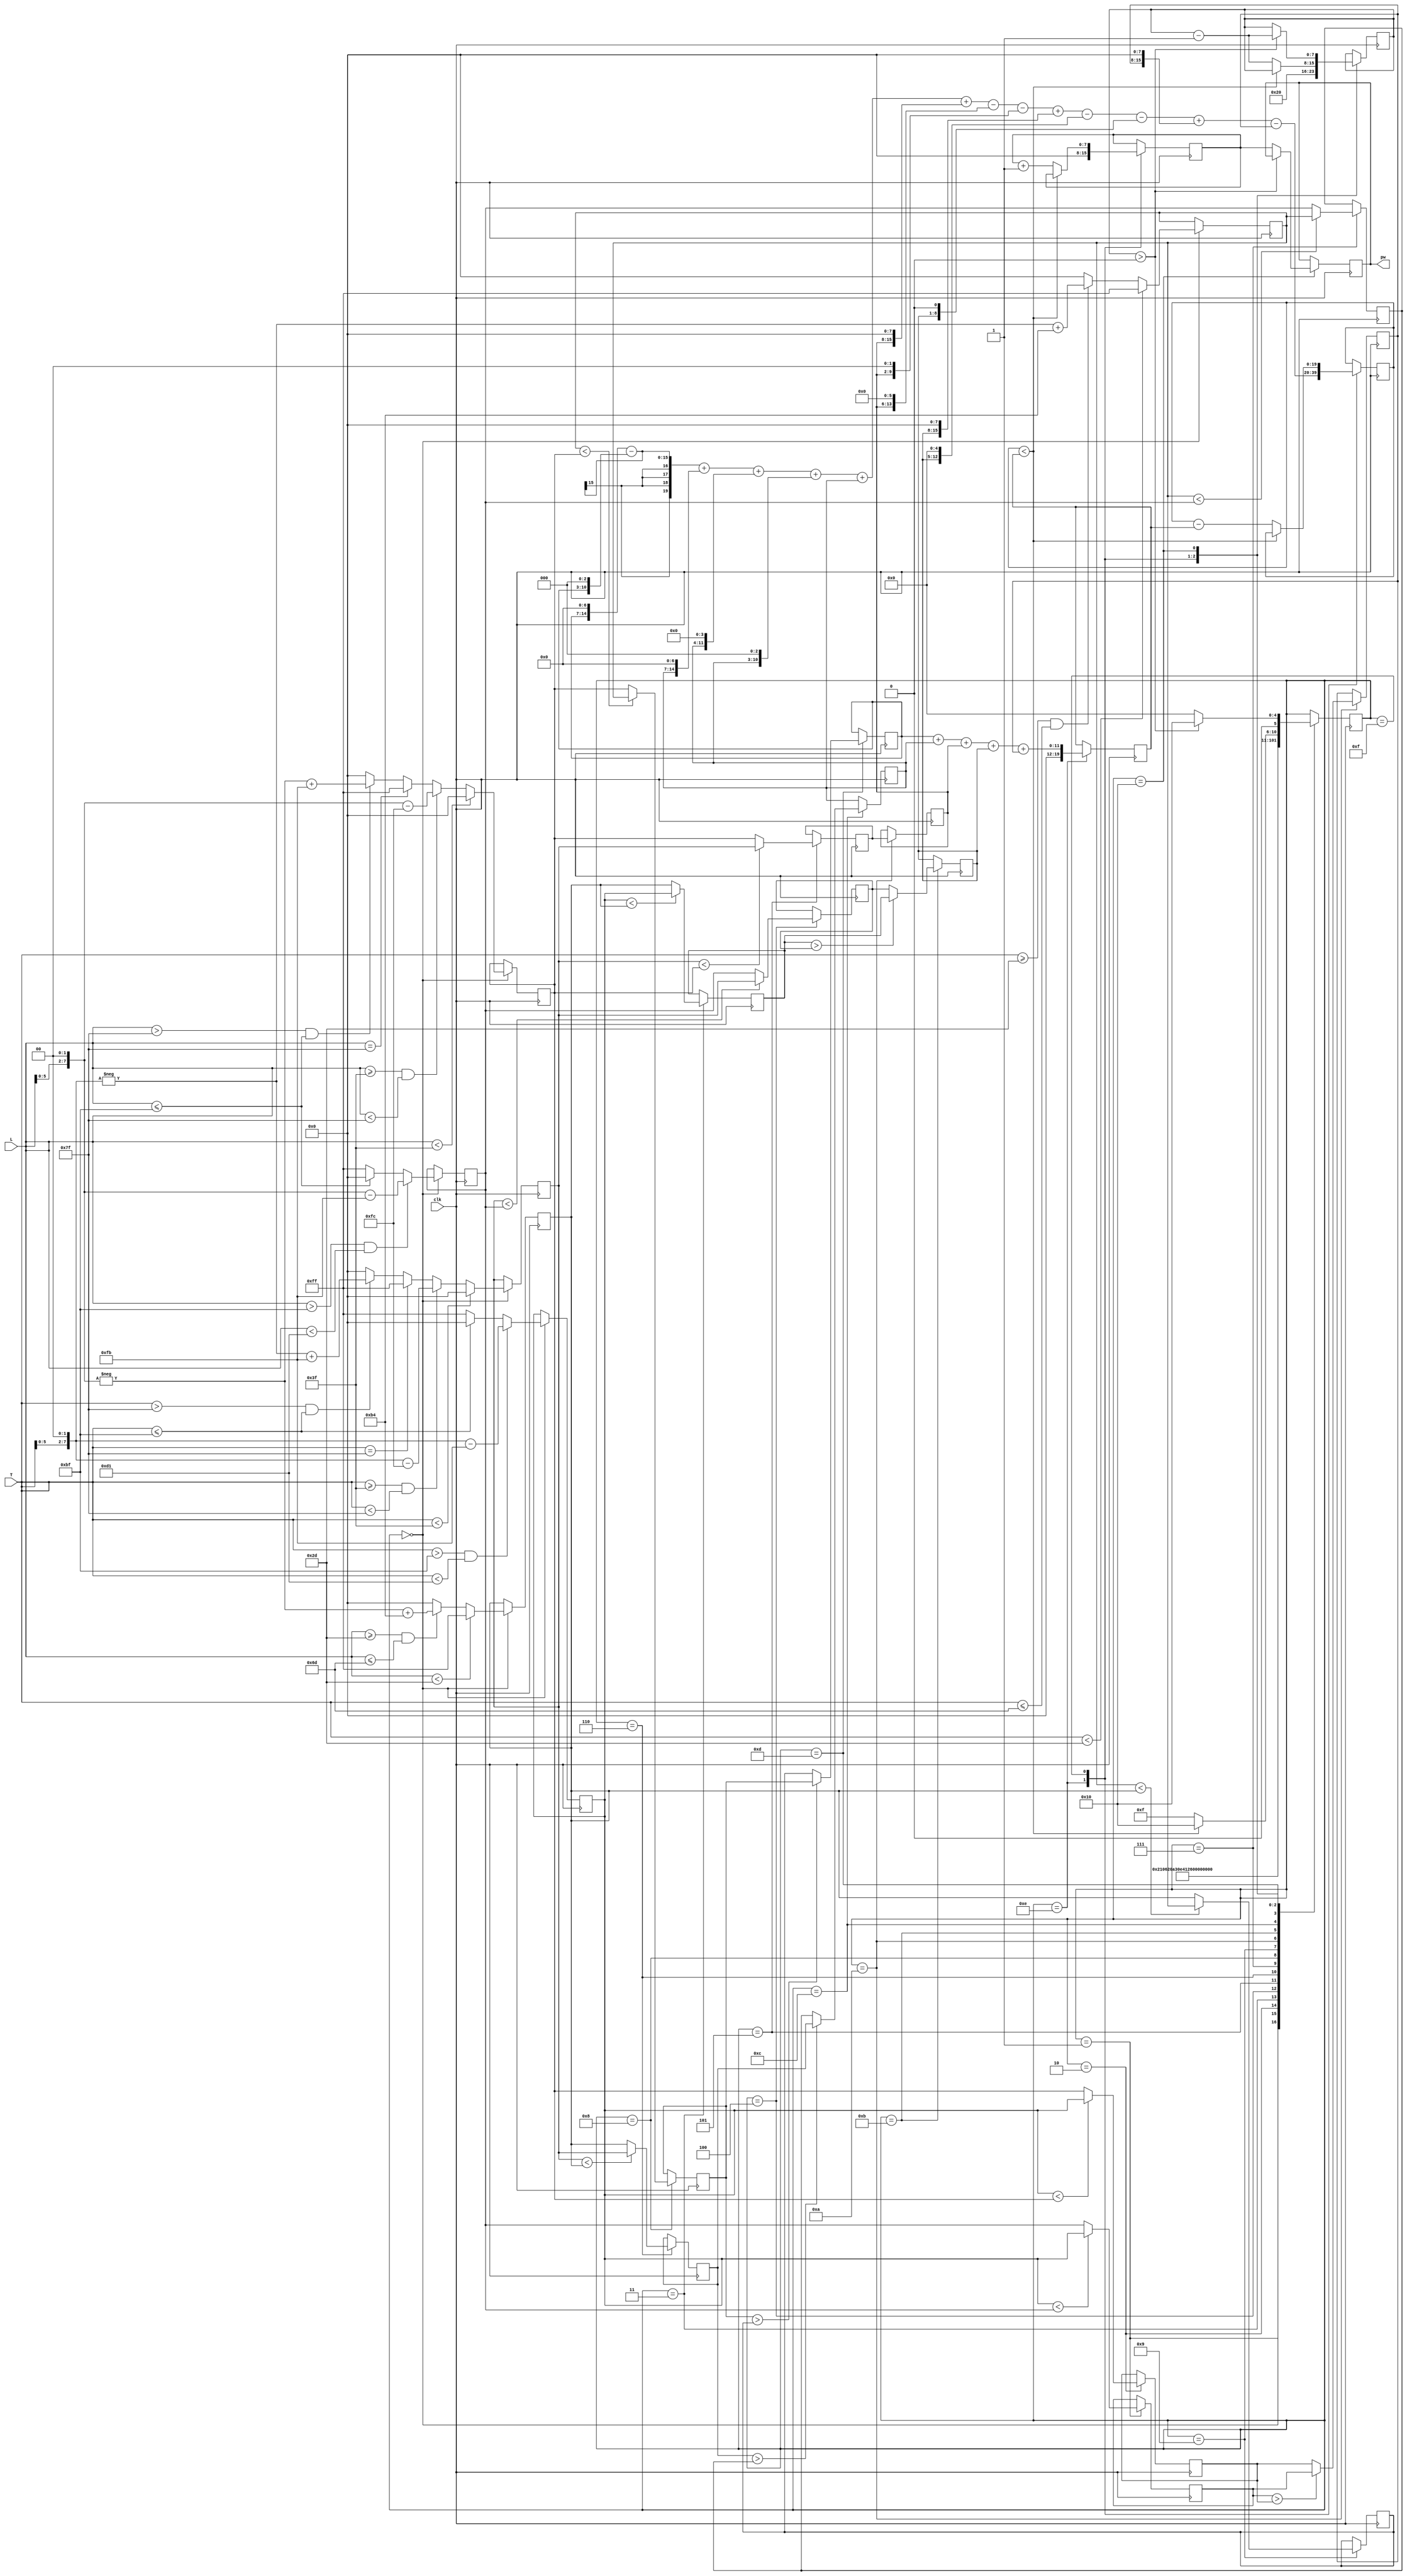
`timescale 1ns / 1ps
//////////////////////////////////////////////////////////////////////////////////
// Company: 
// Engineer: 
// 
// Design Name: 
// Module Name:    fuzzylogiccontroller 
// Project Name: 
// Target Devices: 
// Tool versions: 
// Description: 
//
// Dependencies: 
//
// Revision: 
// Revision 0.01 - File Created
// Additional Comments: 
//
//////////////////////////////////////////////////////////////////////////////////
module fuzzylogiccontroller(
    input [7:0] T,
    input [7:0] L,
    input clk,
    output reg [7:0] pw
    );
	 reg [5:0] state ;
	 initial state = 0;

reg [7:0] coldR, warmR, hotR, dimR, normR, brightR; 
reg [7:0] DMcold, DMwarm, DMhot, DMdim, DMnorm, DMbright;
reg [7:0] rule1,rule2,rule3,rule4,rule5,rule6,rule7,rule8,rule9;
reg [7:0] pwt, stop,slow,med,fast,blast,TSC;
reg [19:0] num, den;
wire [24:0] HSEC;
assign HSEC = 12500000; //50 MHz
initial DMcold = 1;
initial DMwarm = 1; initial DMhot = 1; initial DMdim = 1; initial DMnorm = 1; initial DMbright = 1;
always @ (*)
	begin
		if (T < 45) begin DMcold <= 255;end
		else if (T >= 45 && T<= 109) begin DMcold <= -(T<<2)+436;end
		else begin DMcold <= 0;end
	
		if (T < 63) begin DMwarm <= 0; end
		else if (T >= 63 && T< 127) begin DMwarm <= (T<<2)-252;end
		else if (T == 127) begin DMwarm <= 255;end
		else if (T > 127 && T<= 191) begin DMwarm <= -(T<<2)+763;end
		else begin DMwarm <= 0; end
	
		if (T >191 && T <209) begin DMhot <= (T<<2) - 763;end
		else if (T <= 191) begin DMhot <= 0;end
		else  begin DMhot <= 255; end
		
		if (L < 45) begin DMdim <= 255;end
		else if (L >= 45 && L<= 109) begin DMdim <= -(L<<2)+436;end
		else begin DMdim <= 0;end
	
		if (L < 63) begin DMnorm <= 0; end
		else if (L >= 63 && L< 127) begin DMnorm <= (L<<2)-252;end
		else if (L == 127) begin DMnorm <= 255;end
		else if (L > 127 && L<= 191) begin DMnorm <= -(L<<2)+763;end
		else begin DMnorm <= 0; end
	
		if (L >191 && L <209) begin DMbright <= (L<<2) - 763;end
		else if (L <= 191) begin DMbright <= 0;end
		else  begin DMbright <= 255; end
	end
always@(posedge clk)
	begin
		
		
		case (state)
			0:begin 	dimR <=DMdim;
						warmR <=DMwarm;
						hotR <=DMhot;
						coldR <=DMcold;
						normR <=DMnorm;
						brightR <=DMbright;
						state <= 1;
				end
			1: begin	if(hotR<brightR) rule1 <= hotR;
						else rule1 <= brightR;
						state <=2;
				end
			2: begin	if(hotR<normR) rule2 <= hotR;
						else rule2 <= normR;
						state <=3;
				end
			3: begin	if(hotR<dimR) rule3 <= hotR;
						else rule3 <= dimR;
						state <=4;
				end
			4: begin	if(warmR<brightR) rule4 <= warmR;
						else rule4 <= brightR;
						state <=5;
				end
			5: begin	if(warmR<normR) rule5 <= warmR;
						else rule5 <= normR;
						state <=6;
				end
			6: begin	if(warmR<dimR) rule6 <= warmR;
						else rule6 <= dimR;
						state <=7;
				end
			7: begin	if(coldR<brightR) rule7 <= coldR;
						else rule7 <= brightR;
						state <=8;
				end
			8: begin	if(coldR<normR) rule8 <= coldR;
						else rule8 <= normR;
						state <=9;
				end
			9: begin	if(coldR<dimR) rule9 <= coldR;
						else rule9 <= dimR;
						state <=10;
				end
			10:begin	med <=rule5;
						if(rule1>rule2) blast <=rule1;
						else blast <=rule2;
						state <=11;
				end
			11:begin	if(rule3>rule4) fast <=rule3;
						else fast <=rule4;
						state <=12;
				end				
			12:begin	if(rule6>rule7) slow <=rule6;
						else slow <=rule7;
						state <=13;
				end		
			13:begin	if(rule8>rule9) stop <=rule8;
						else stop <=rule9;
						state <=14;
				end
			14:begin den <= stop + slow + med + fast + blast;
						num <= (stop<<7) - (stop<<3)// 119*stop 
						+ (slow<<7) + (slow<<4) + (slow<<3) + slow //153
						+ (med<<8)-(med<<6)-(med<<2)//187)
						+(fast<<8) -(fast<<5)-(fast<<1) //221
						+(blast<<8)-blast; 
						pwt<=0; TSC <=HSEC;
						state <=15;
				end
			15:begin if(num<den)
							begin
								state<=16;
							end
						else begin
									pwt <=pwt+1;
									num<=num-den;
									TSC<=TSC-1;
									state<=15;
								end
				end
			16:begin if (TSC>0)
							begin TSC<=TSC-1; state <=16; end
						else begin
									pw<=pwt;
									state<=0;
								end
				end

		endcase
	end
endmodule